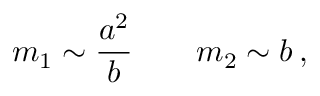
m _ { 1 } \sim { \frac { a ^ { 2 } } { b } } \qquad m _ { 2 } \sim b \, ,